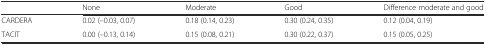
<table><thead><tr><td></td><td><b>None</b></td><td><b>Moderate</b></td><td><b>Good</b></td><td><b>Difference moderate and good</b></td></tr></thead><tbody><tr><td>CARDERA</td><td>0.02 (–0.03, 0.07)</td><td>0.18 (0.14, 0.23)</td><td>0.30 (0.24, 0.35)</td><td>0.12 (0.04, 0.19)</td></tr><tr><td>TACIT</td><td>0.00 (–0.13, 0.14)</td><td>0.15 (0.08, 0.21)</td><td>0.30 (0.22, 0.37)</td><td>0.15 (0.05, 0.25)</td></tr></tbody></table>